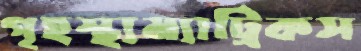
গৃহস্থ্যম্যাট্রিকস